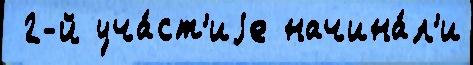
 2-й уча́ст'иjе начина́л'и